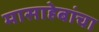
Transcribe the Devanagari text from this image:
मासाहेबांचा